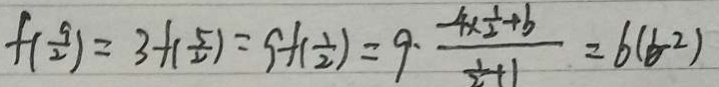
f ( \frac { 9 } { 2 } ) = 3 + ( \frac { 5 } { 2 } ) = 9 + ( \frac { 1 } { 2 } ) = 9 \cdot \frac { - 4 \times \frac { 1 } { 2 } + b } { \frac { 1 } { 2 } + 1 } = 6 ( b ^ { 2 } )